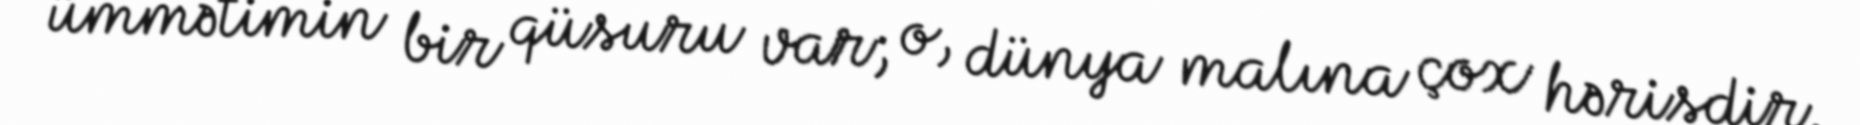
ümmətimin bir qüsuru var; o, dünya malına çox hərisdir.